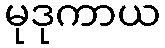
မုဒုကာယ